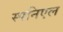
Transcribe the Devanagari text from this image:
स्पनिएल